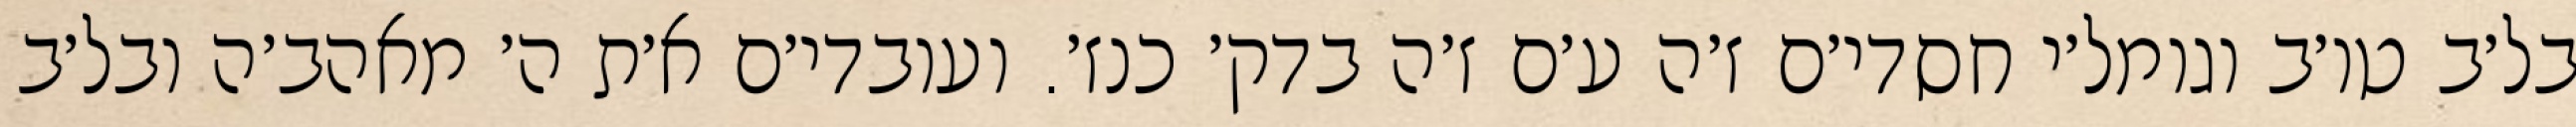
בל׳ב טו׳ב וגומל׳י חסדי׳ם ז׳ה ע׳ם ז׳ה בדק׳ כנז׳. ועובדי׳ם א׳ת ה׳ מאהב׳ה ובל׳ב